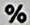
%